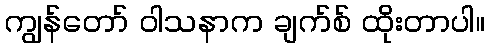
ကျွန်တော် ဝါသနာက ချက်စ် ထိုးတာပါ။